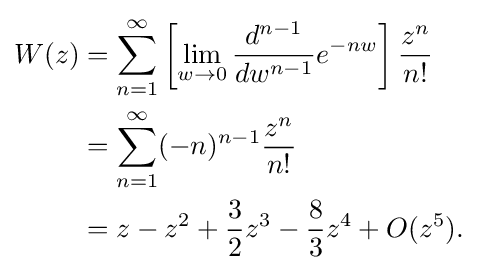
{\begin{aligned}W(z)&=\sum _{n=1}^{\infty }\left[\lim _{w\to 0}{\frac {d^{n-1}}{dw^{n-1}}}e^{-nw}\right]{\frac {z^{n}}{n!}}\\{}&=\sum _{n=1}^{\infty }(-n)^{n-1}{\frac {z^{n}}{n!}}\\{}&=z-z^{2}+{\frac {3}{2}}z^{3}-{\frac {8}{3}}z^{4}+O(z^{5}).\end{aligned}}